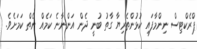
ޕްރެކްޓިސް ނިންމާފައި ކުޅުންތެރިޔާ ގާތު ބުނީ ދެން އަންނާނެ ކަމެއް ނެތް ކަމަށެވެ.